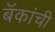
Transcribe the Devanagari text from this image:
बॅकांची